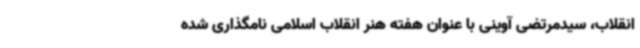
انقلاب، سیدمرتضی آوینی با عنوان هفته هنر انقلاب اسلامی نامگذاری شده